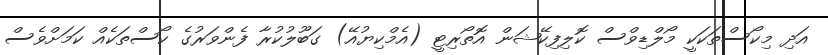
އަދި މިކޯސްތަކަކީ މޯލްޑިވްސް ކޮލިފިކޭޝަން އޮތޯރިޓީ (އެމްކިޔުއޭ) ގަބޫލުކުރާ ފެންވަރުގެ ކޯސްތަކެއް ކަމަށްވެސް